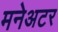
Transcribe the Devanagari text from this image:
मनेअटर